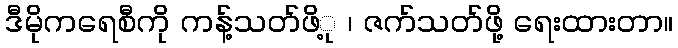
ဒီမိုကရေစီကို ကန့်သတ်ဖိ့ု ၊ ဇက်သတ်ဖို့ ရေးထားတာ။